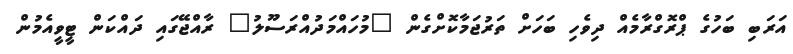
އަރަބި ބަހުގެ ޕްރޮގްރާމެއް ދިވެހި ބަހަށް ތަރުޖަމާކޮށްގެން "މުހައްމަދުއްރަސޫލު" ރާއްޖޭގައި ދައްކަން ޓީވީއެމުން